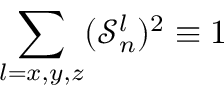
\sum _ { l = x , y , z } ( \mathcal { S } _ { n } ^ { l } ) ^ { 2 } \equiv 1